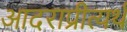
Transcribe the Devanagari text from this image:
आदराप्रीत्यर्थ